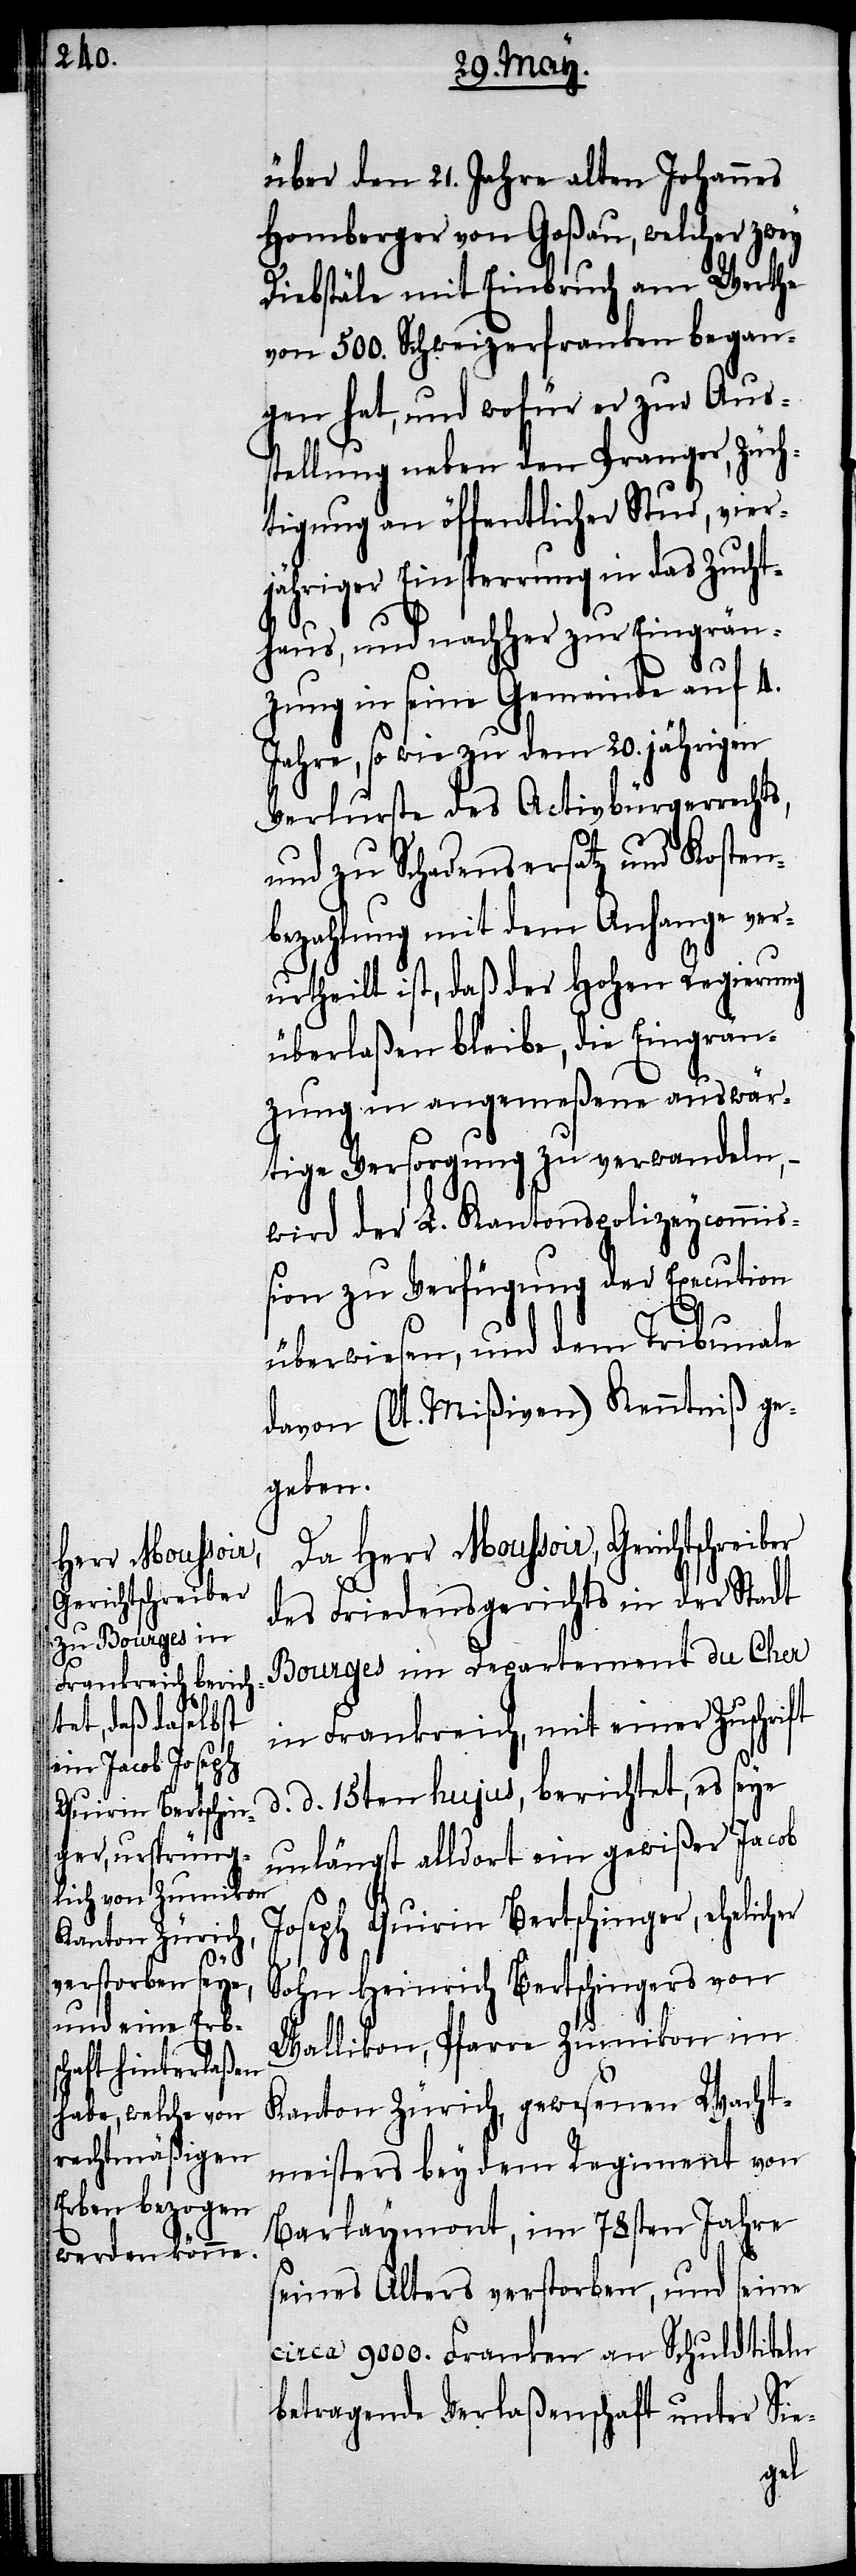
Herr Moussoir,
Gerichtschreiber

über den 21. Jahre alten Johannes
Homberger von Goßau, welcher zwey
Diebstähle mit Einbruch am Werthe
von 500. Schweizerfranken began¬
gen hat, und wofür er zur Aus¬
stellung neben den Pranger, Züch¬
tigung an öffentlicher Stud, vier¬
jähriger Einsperrung in das Zucht¬
d.
haus, und nachher zur Eingrän¬
zung in seine Gemeinde auf 4.
Jahre, so wie zu dem 20. jährigen
Verlurste des Activbürgerrechts,
und zu Schadensersatz und Kosten¬
bezahlung mit dem Anhange ver¬
urtheilt ist, daß der Hohen Regierung
überlaßen bleibe, die Eingrän¬
zung in angemeßene auswär¬
tige Versorgung zu verwandeln,
wird der L. Kantonspolizeycommi¬
ßion zu Verfügung der Execution
überwiesen, und dem Tribunale
davon (lt. Mißiven) Kenntniß ge¬
geben.
des Friedensgerichts in der Stadt
Bourges im Departement du Cher
in Frankreich, mit einer Zuschrift
d. 15ten hujus, berichtet, es seye
unlängst alldort ein gewißer Jacob
Joseph Quirin Bertschinger, ehelicher
Sohn Heinrich Bertschingers von
Wallikon, Pfarre Zumikon im
Kanton Zürich, gewesenen Wacht¬
meisters bey dem Regiment von
Barlaymont, im 78sten Jahre
seines Alters verstorben, und seine
circa 9000. Franken an Schuldtiteln
betragende Verlaßenschaft unter Sie-